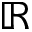
\mathbb { R }